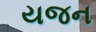
યજન